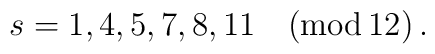
s=1,4,5,7,8,11 \quad (\textrm{mod}\, 12)\,.